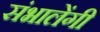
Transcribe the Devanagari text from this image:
संभालेंगी